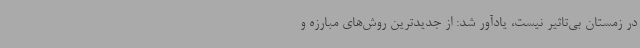
در زمستان بی‌تاثیر نیست، یادآور شد: از جدیدترین روش‌های مبارزه و